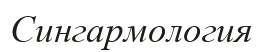
Сингармология